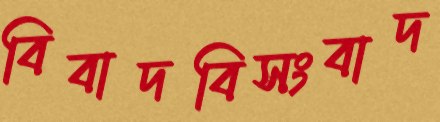
বিবাদবিসংবাদ